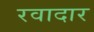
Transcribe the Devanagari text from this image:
रवादार